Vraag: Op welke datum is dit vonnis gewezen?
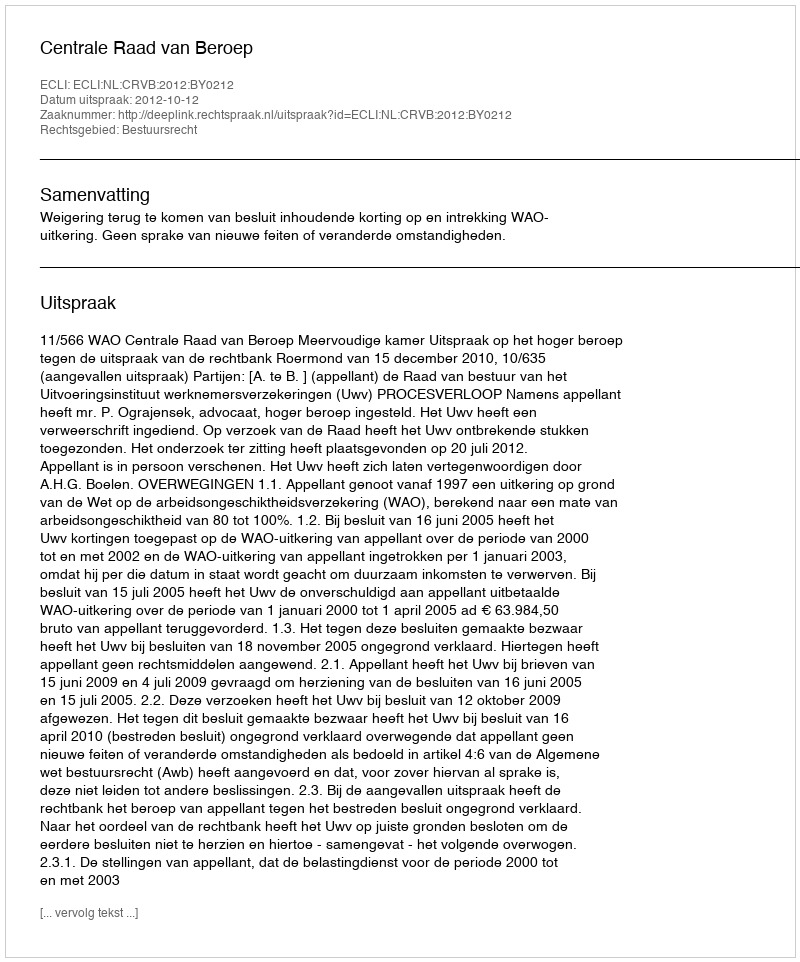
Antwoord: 2012-10-12